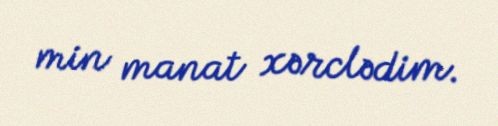
min manat xərclədim.